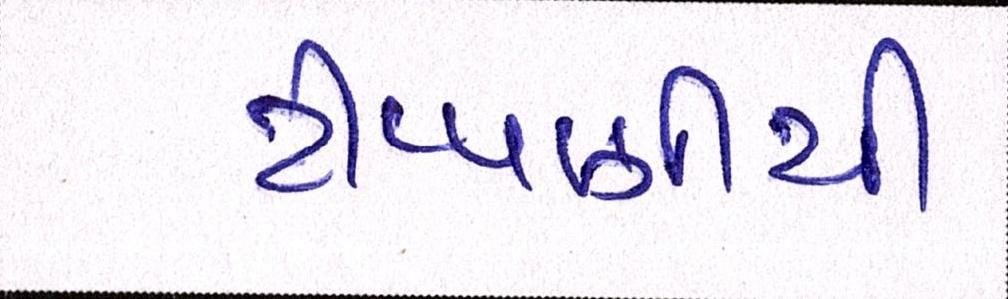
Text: ટીપ્પણીથી